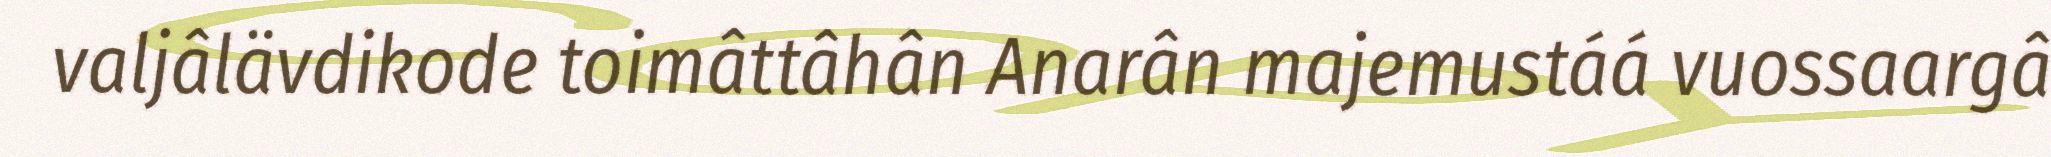
valjâlävdikode toimâttâhân Anarân majemustáá vuossaargâ